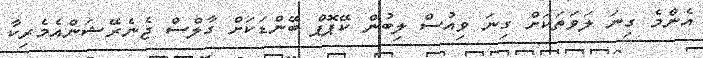
އެންމެ ގިނަ ލަވަތަކަށް ގިނަ ވިއުސް ލިބުން ކޭޕޮޕް ބޭންޑަކަށް ގާލްސް ޖެނެރޭޝަންއެމެރިކާ